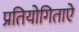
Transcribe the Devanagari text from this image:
प्रतियोगिताऐ